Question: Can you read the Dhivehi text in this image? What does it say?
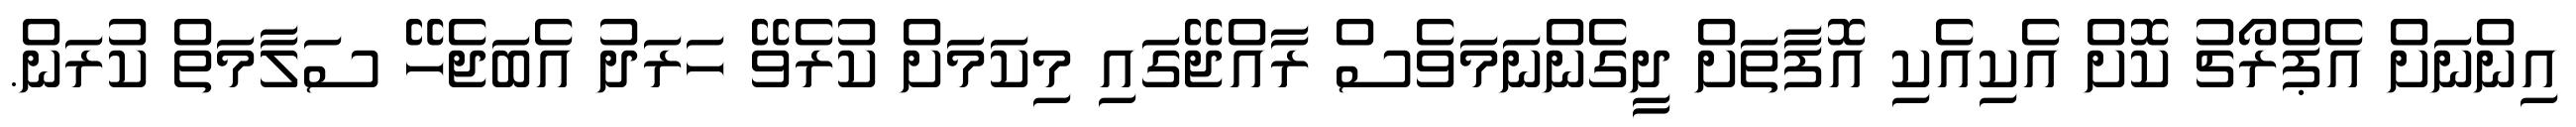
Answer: އިންނަށް އެޕްރޯޗު ކޮށް އެކިއެކި އޮފާތަށް ދީގެންނަމަވެސް ރާއްޖޭގައި މިކަމަށް ކުރެވޭ ހަރަދު އެބަޖެހޭ ސަލާމަތް ކުރަން.